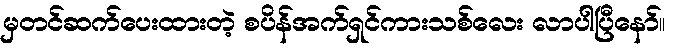
မှတင်ဆက်ပေးထားတဲ့ စပိန်အက်ရှင်ကားသစ်လေး လာပါပြီနော်။